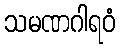
သမဏဂါရဝံ